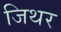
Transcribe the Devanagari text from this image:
जिथर